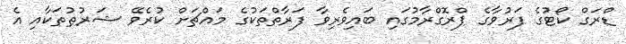
ޑްރަގް ކޯޓުގެ ފަރުވާގެ ޕްރޮގްރާމުގައި ބައިވެރިވާ ފަރާތްތަކުގެ މައްޗަށް ކުރެވޭ ޝަރުޠުތަކާއި އެ